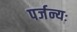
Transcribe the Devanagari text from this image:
पर्जन्यः